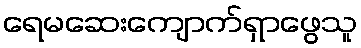
ရေမဆေးကျောက်ရှာဖွေသူ